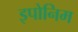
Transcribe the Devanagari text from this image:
इपोनिम